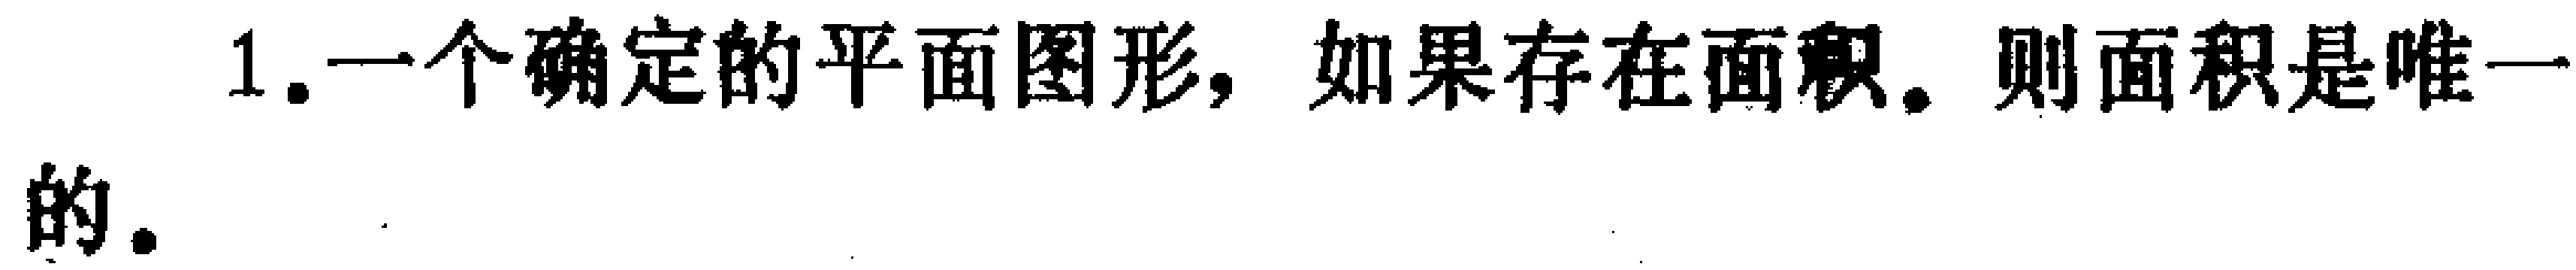
1.一个确定的平面图形，如果存在面积，则面积是唯一的.